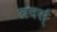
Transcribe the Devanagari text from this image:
ब्रदर्स्